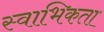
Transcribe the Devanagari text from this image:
स्वाभिकता